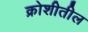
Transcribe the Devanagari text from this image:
क्रोशीतील